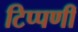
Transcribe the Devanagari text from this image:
टिप्पणीं